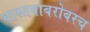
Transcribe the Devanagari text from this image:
वास्तवाबरोबरच